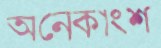
অনেকাংশ